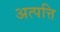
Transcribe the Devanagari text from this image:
अत्पत्ति